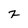
Character: 2